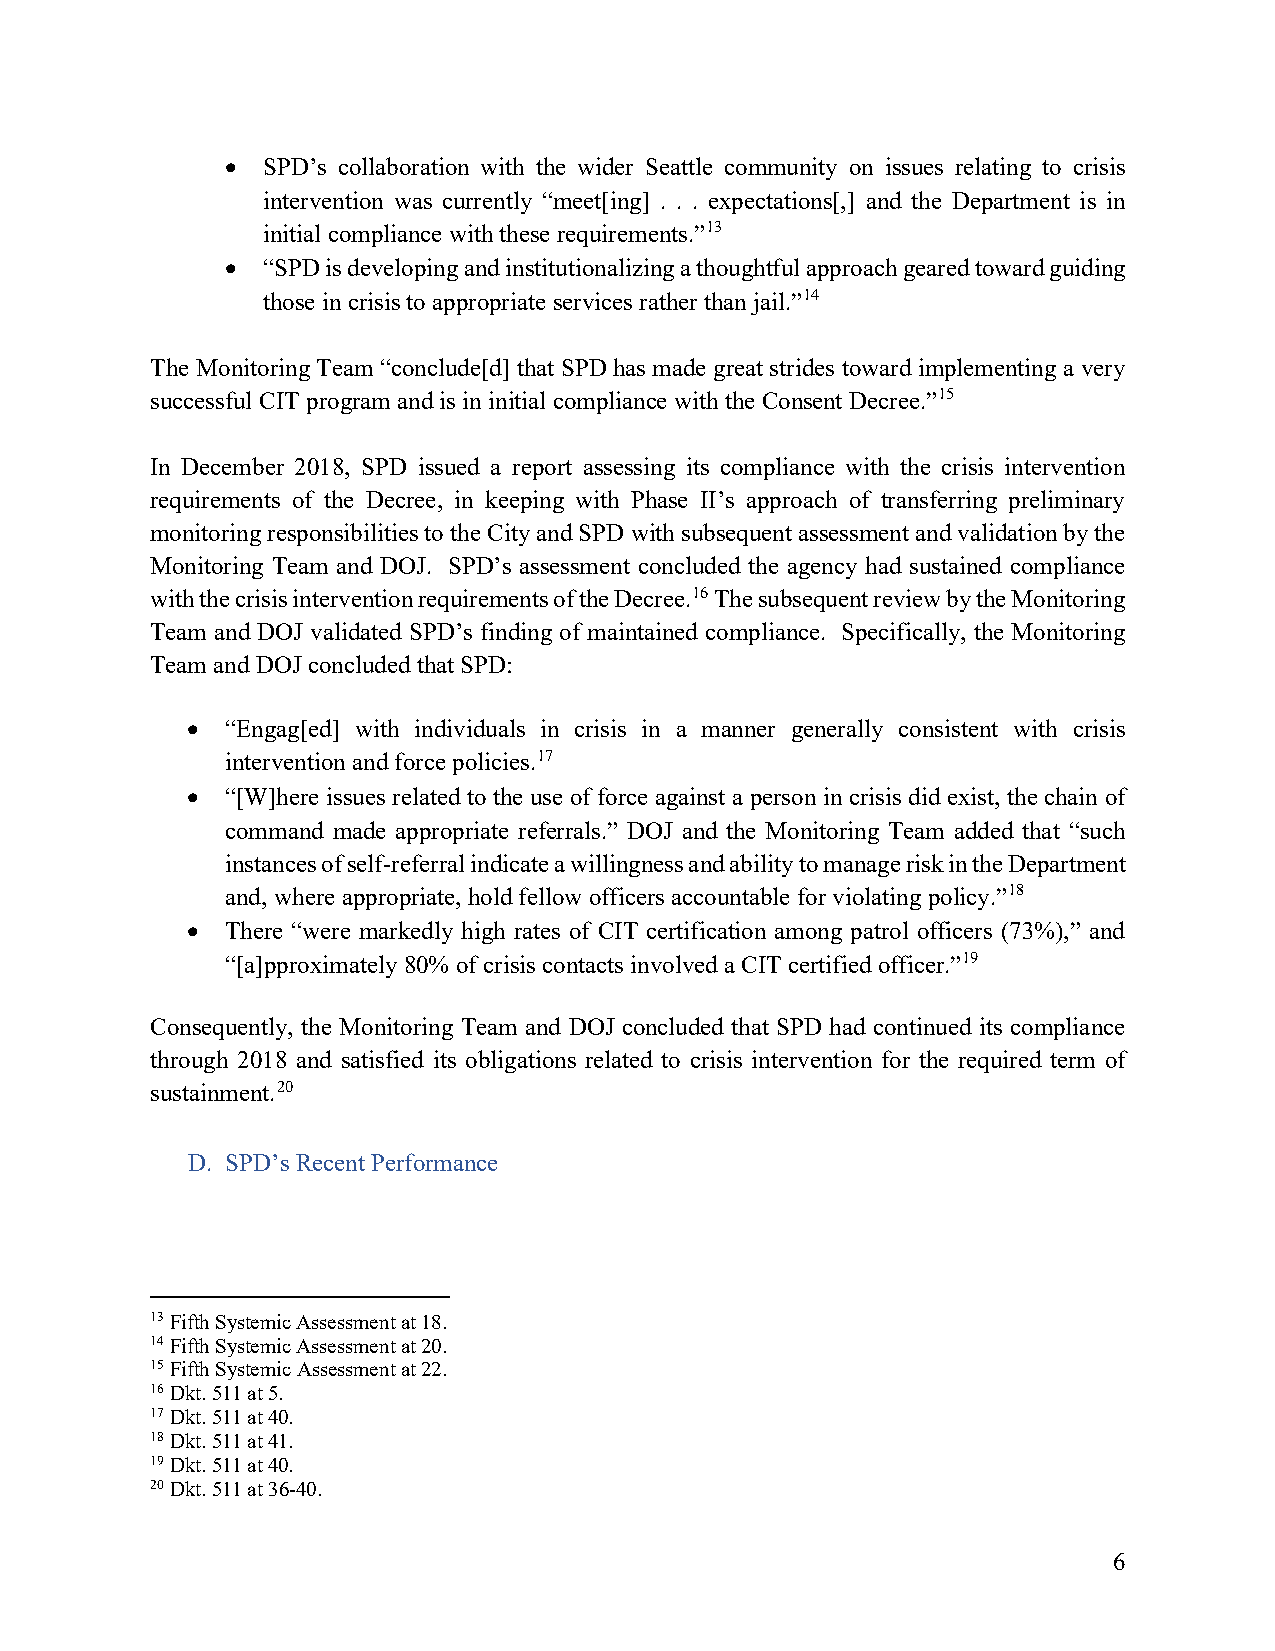
• SPD’s collaboration with the wider Seattle community on issues relating to crisis
 intervention was currently “meet[ing] . . . expectations[,] and the Department is in
 initial compliance with these requirements.”13
 • “SPD is developing and institutionalizing a thoughtful approach geared toward guiding
 those in crisis to appropriate services rather than jail.”14
 The Monitoring Team “conclude[d] that SPD has made great strides toward implementing a very
 successful CIT program and is in initial compliance with the Consent Decree.”15
 In December 2018, SPD issued a report assessing its compliance with the crisis intervention
 requirements of the Decree, in keeping with Phase II’s approach of transferring preliminary
 monitoring responsibilities to the City and SPD with subsequent assessment and validation by the
 Monitoring Team and DOJ. SPD’s assessment concluded the agency had sustained compliance
 with the crisis intervention requirements of the Decree.16 The subsequent review by the Monitoring
 Team and DOJ validated SPD’s finding of maintained compliance. Specifically, the Monitoring
 Team and DOJ concluded that SPD:
 •  “Engag[ed] with individuals in crisis in a manner generally consistent with crisis
 intervention and force policies.17
 •  “[W]here issues related to the use of force against a person in crisis did exist, the chain of
 command made appropriate referrals.” DOJ and the Monitoring Team added that “such
 instances of self-referral indicate a willingness and ability to manage risk in the Department
 and, where appropriate, hold fellow officers accountable for violating policy.”18
 •  There “were markedly high rates of CIT certification among patrol officers (73%),” and
 “[a]pproximately 80% of crisis contacts involved a CIT certified officer.”19
 Consequently, the Monitoring Team and DOJ concluded that SPD had continued its compliance
 through 2018 and satisfied its obligations related to crisis intervention for the required term of
 sustainment.20
 D. SPD’s Recent Performance
 13 Fifth Systemic Assessment at 18.
 14 Fifth Systemic Assessment at 20.
 15 Fifth Systemic Assessment at 22.
 16 Dkt. 511 at 5.
 17 Dkt. 511 at 40.
 18 Dkt. 511 at 41.
 19 Dkt. 511 at 40.
 20 Dkt. 511 at 36-40.
 6